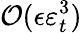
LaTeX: \mathcal{O}(\epsilon\varepsilon_{t}^{3})